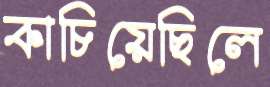
কাচিয়েছিলে